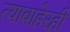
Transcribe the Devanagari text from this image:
त्याबाहेरही